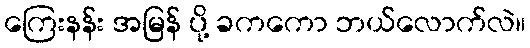
ကြေးနန်း အမြန် ပို့ ခကကော ဘယ်လောက်လဲ။